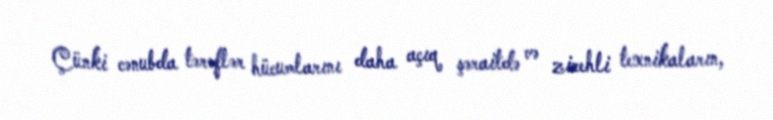
Çünki cənubda tərəflər hücumlarını daha açıq şəraitdə və zirehli texnikaların,